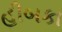
હીબકા